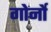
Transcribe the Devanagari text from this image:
गोर्नो